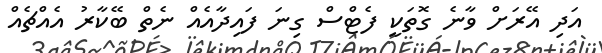
އަދި އޭރަށް ވާނެ ގޮތަކީ ފެޓްސް ގިނަ ފައިދާއެއް ނެތް ބޭކާރު އެއްޗެއް